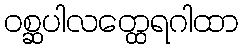
ဝစ္ဆပါလတ္ထေရဂါထာ